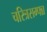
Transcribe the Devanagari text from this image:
चरित्रसम्पन्न